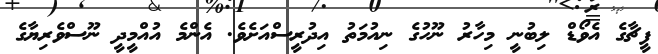
ފީޗާގެ އެވޯޑް ލިބުނީ މިހާރު ނޫހުގެ ނިއުމަތު އިދުރީސްއަށެވެ. އެންމެ އުއްމީދީ ނޫސްވެރިޔާގެ